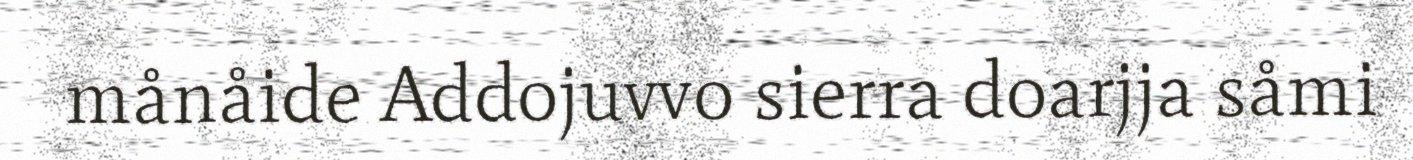
månåide Addojuvvo sierra doarjja såmi